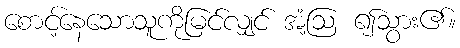
စောင့်နေသောသူကိုမြင်လျှင် အံ့ဩ ၍သွား၏။